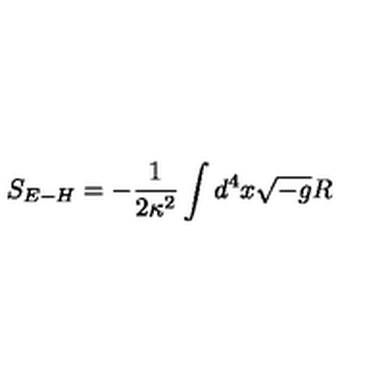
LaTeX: S _ { E - H } = - \frac { 1 } { 2 \kappa ^ { 2 } } \int d ^ { 4 } x \sqrt { - g } R